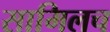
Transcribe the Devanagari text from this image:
सामिलच